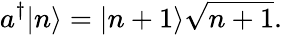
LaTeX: a^{\dagger}|n\rangle=|n+1\rangle{\sqrt{n+1}}.